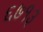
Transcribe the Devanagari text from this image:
६७१३